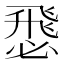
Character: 𢞵